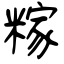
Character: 糘